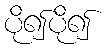
ပို၍ပို၍